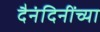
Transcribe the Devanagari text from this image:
दैनंदिनींच्या